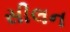
સીલન